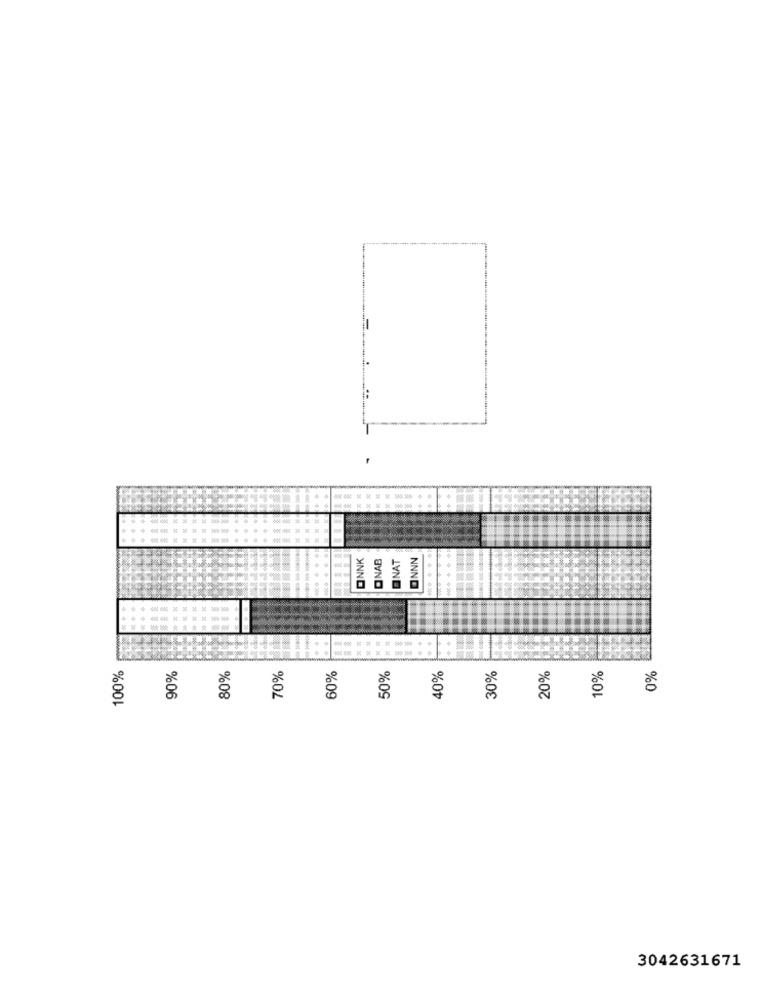
ONNK
ONAB
NAT
ONNN
100%
90%
60%
40%
30%
20%
10%
80%
70%
50%
0%
3042631671